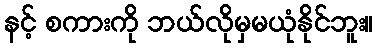
နင့် စကားကို ဘယ်လိုမှမယုံနိုင်ဘူး။